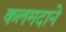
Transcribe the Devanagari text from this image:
कलमदाने